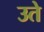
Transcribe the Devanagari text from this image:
उते